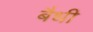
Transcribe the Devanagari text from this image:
बैधी